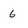
Character: 6